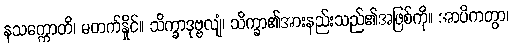
နသက္ကောတိ၊ မတက်နှိုင်။ သိက္ခာဒုဗ္ဗလျံ၊ သိက္ခာ၏အားနည်းသည်၏အဖြစ်ကို။ အာပိကတွာ၊